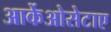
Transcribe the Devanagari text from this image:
आर्केओसेटाए